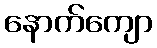
နောက်ကျော